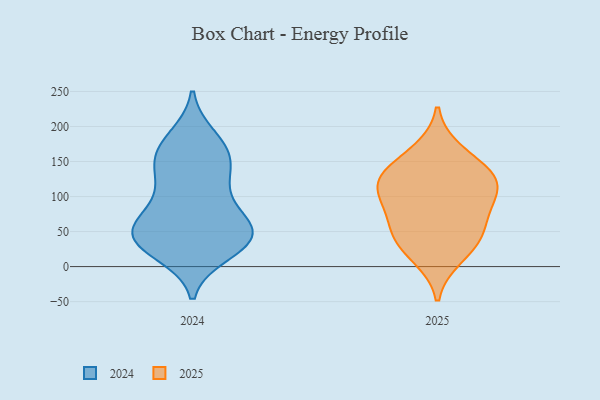
{"axis": {"x": "Energy Usage (MWh)", "y": "Value"}, "legend": ["2024", "2025"], "data": [{"x": "", "y": 61, "type": "2025"}, {"x": "", "y": 110, "type": "2025"}, {"x": "", "y": 83, "type": "2025"}, {"x": "", "y": 134, "type": "2025"}, {"x": "", "y": 101, "type": "2025"}, {"x": "", "y": 165, "type": "2025"}, {"x": "", "y": 14, "type": "2025"}, {"x": "", "y": 127, "type": "2025"}, {"x": "", "y": 38, "type": "2025"}, {"x": "", "y": 128, "type": "2025"}, {"x": "", "y": 42, "type": "2025"}, {"x": "", "y": 43, "type": "2024"}, {"x": "", "y": 156, "type": "2024"}, {"x": "", "y": 30, "type": "2024"}, {"x": "", "y": 156, "type": "2024"}, {"x": "", "y": 47, "type": "2024"}, {"x": "", "y": 106, "type": "2024"}, {"x": "", "y": 48, "type": "2024"}, {"x": "", "y": 36, "type": "2024"}, {"x": "", "y": 129, "type": "2024"}, {"x": "", "y": 76, "type": "2024"}, {"x": "", "y": 20, "type": "2024"}, {"x": "", "y": 48, "type": "2024"}, {"x": "", "y": 177, "type": "2024"}, {"x": "", "y": 184, "type": "2024"}, {"x": "", "y": 59, "type": "2024"}, {"x": "", "y": 73, "type": "2024"}, {"x": "", "y": 123, "type": "2024"}, {"x": "", "y": 32, "type": "2024"}, {"x": "", "y": 158, "type": "2024"}]}